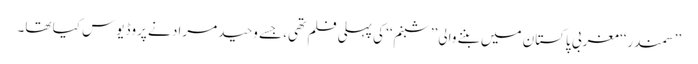
’’سمندر‘‘ مغربی پاکستان میں بننے والی ’’شبنم‘‘ کی پہلی فلم تھی، جسے وحید مراد نے پروڈیوس کیا تھا۔